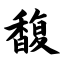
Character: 馥